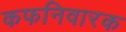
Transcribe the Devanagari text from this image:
कफनिवारक